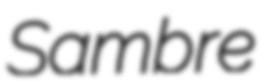
Sambre